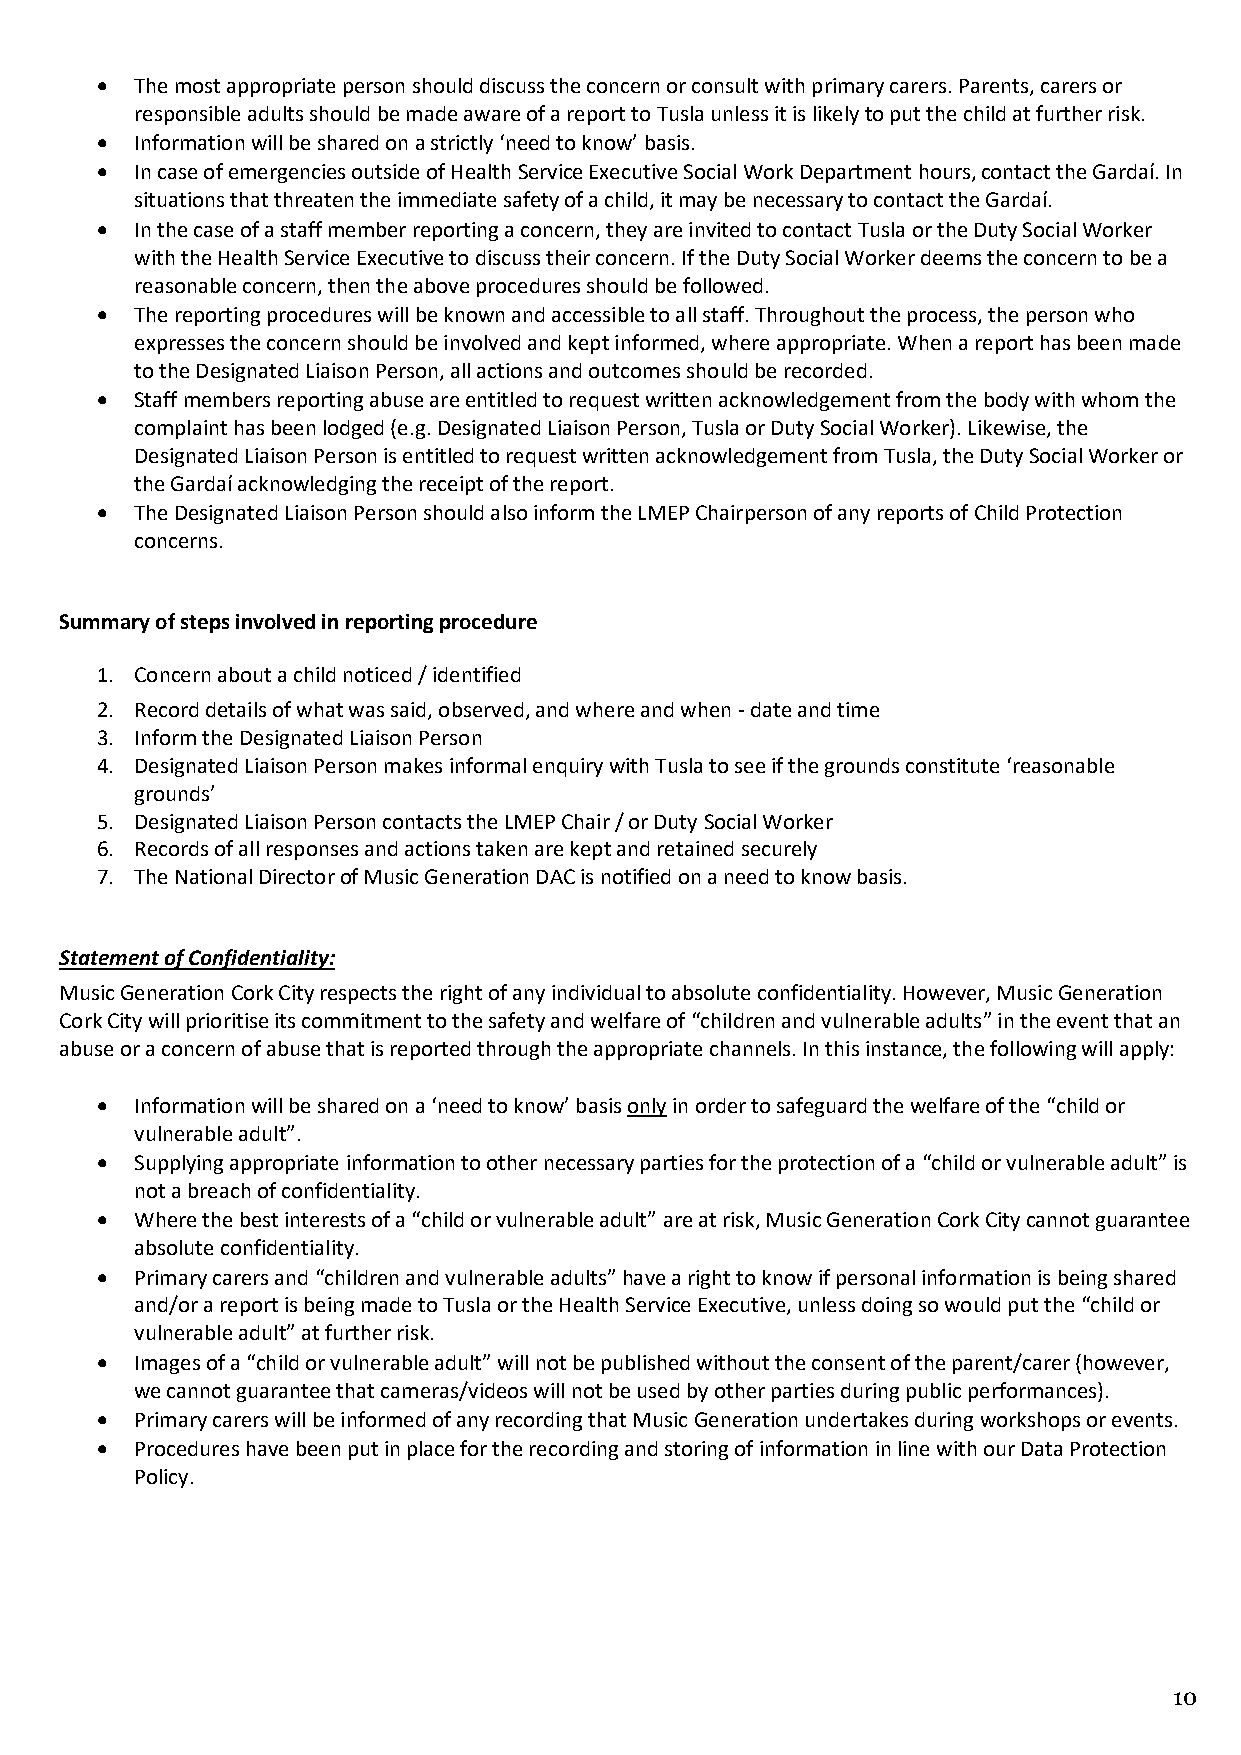
•  The most appropriate person should discuss the concern or consult with primary carers. Parents, carers or
 responsible adults should be made aware of a report to Tusla unless it is likely to put the child at further risk.
 •  Information will be shared on a strictly ‘need to know’ basis.
 •  In case of emergencies outside of Health Service Executive Social Work Department hours, contact the Gardaí. In
 situations that threaten the immediate safety of a child, it may be necessary to contact the Gardaí.
 •  In the case of a staff member reporting a concern, they are invited to contact Tusla or the Duty Social Worker
 with the Health Service Executive to discuss their concern. If the Duty Social Worker deems the concern to be a
 reasonable concern, then the above procedures should be followed.
 •  The reporting procedures will be known and accessible to all staff. Throughout the process, the person who
 expresses the concern should be involved and kept informed, where appropriate. When a report has been made
 to the Designated Liaison Person, all actions and outcomes should be recorded.
 •  Staff members reporting abuse are entitled to request written acknowledgement from the body with whom the
 complaint has been lodged (e.g. Designated Liaison Person, Tusla or Duty Social Worker). Likewise, the
 Designated Liaison Person is entitled to request written acknowledgement from Tusla, the Duty Social Worker or
 the Gardaí acknowledging the receipt of the report.
 •  The Designated Liaison Person should also inform the LMEP Chairperson of any reports of Child Protection
 concerns.
 Summary of steps involved in reporting procedure
 1. Concern about a child noticed / identified
 2. Record details of what was said, observed, and where and when - date and time
 3. Inform the Designated Liaison Person
 4. Designated Liaison Person makes informal enquiry with Tusla to see if the grounds constitute ‘reasonable
 grounds’
 5. Designated Liaison Person contacts the LMEP Chair / or Duty Social Worker
 6. Records of all responses and actions taken are kept and retained securely
 7. The National Director of Music Generation DAC is notified on a need to know basis.
 Statement of Confidentiality:
 Music Generation Cork City respects the right of any individual to absolute confidentiality. However, Music Generation
 Cork City will prioritise its commitment to the safety and welfare of “children and vulnerable adults” in the event that an
 abuse or a concern of abuse that is reported through the appropriate channels. In this instance, the following will apply:
 •  Information will be shared on a ‘need to know’ basis only in order to safeguard the welfare of the “child or
 vulnerable adult”.
 •  Supplying appropriate information to other necessary parties for the protection of a “child or vulnerable adult” is
 not a breach of confidentiality.
 •  Where the best interests of a “child or vulnerable adult” are at risk, Music Generation Cork City cannot guarantee
 absolute confidentiality.
 •  Primary carers and “children and vulnerable adults” have a right to know if personal information is being shared
 and/or a report is being made to Tusla or the Health Service Executive, unless doing so would put the “child or
 vulnerable adult” at further risk.
 •  Images of a “child or vulnerable adult” will not be published without the consent of the parent/carer (however,
 we cannot guarantee that cameras/videos will not be used by other parties during public performances).
 •  Primary carers will be informed of any recording that Music Generation undertakes during workshops or events.
 •  Procedures have been put in place for the recording and storing of information in line with our Data Protection
 Policy.
 10